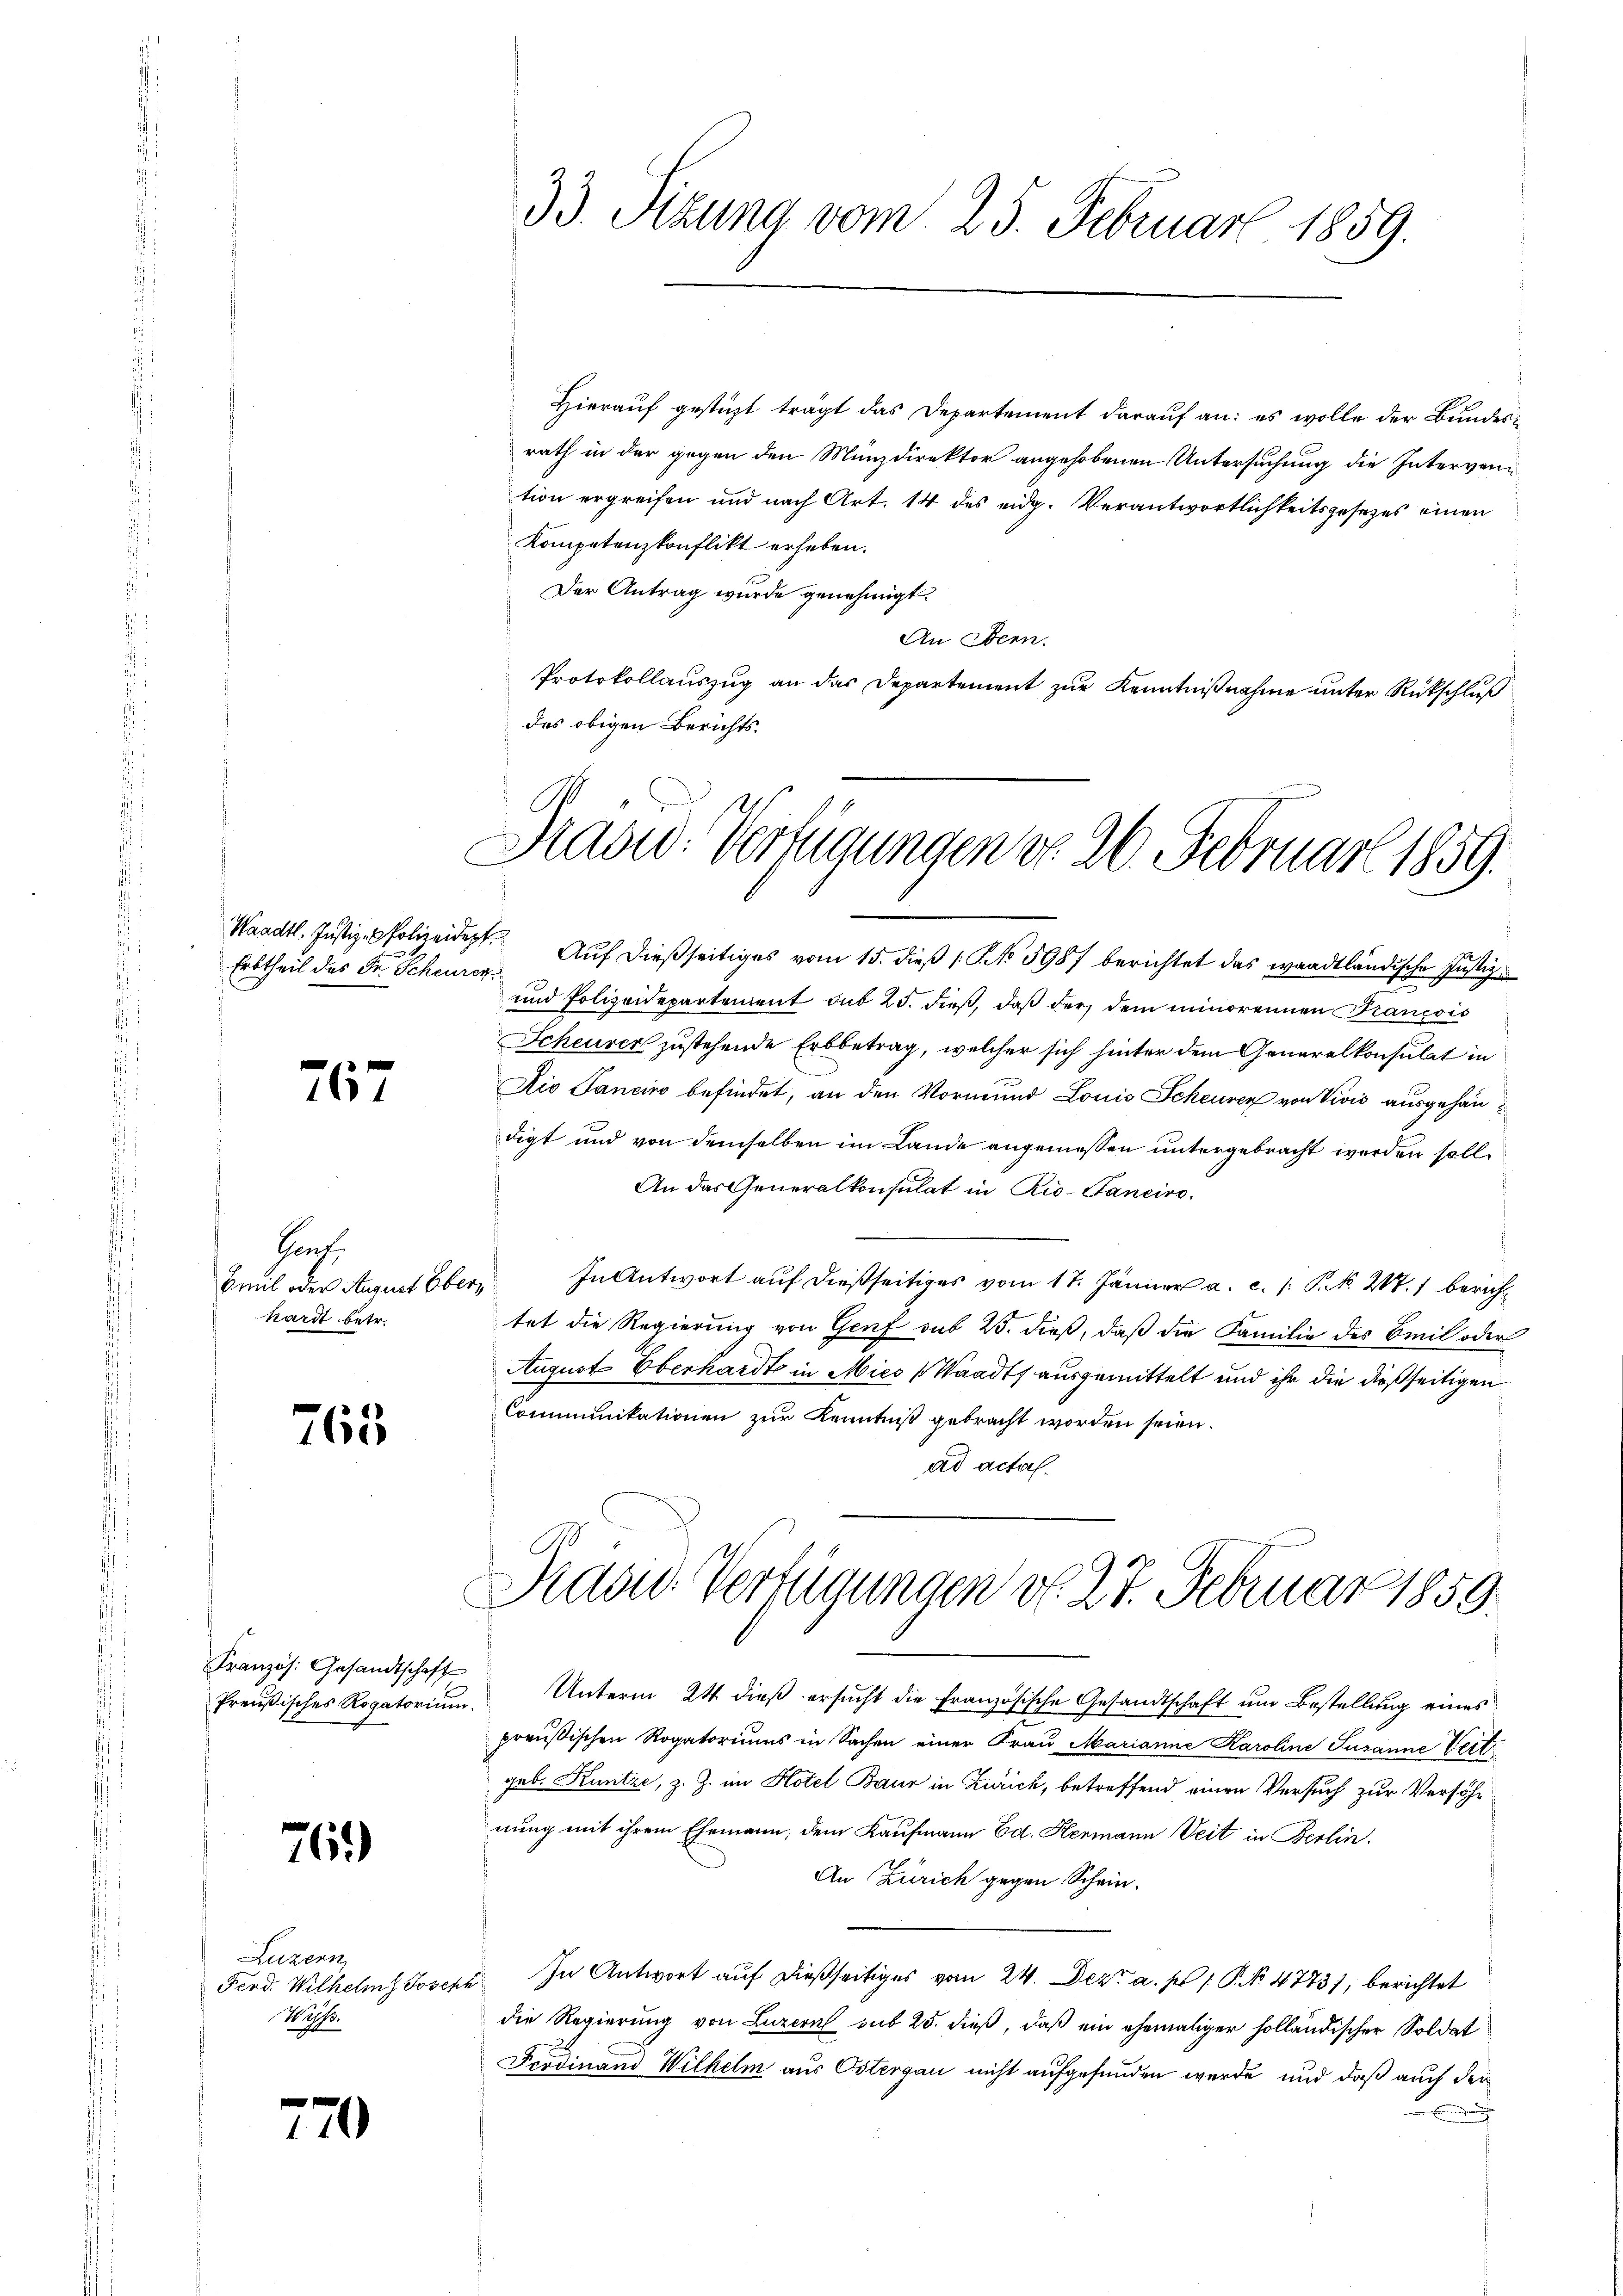
Waadt. Justiz-Polizeidept
Erbtheil des Fr. Scheurer

767

Hoch
Emil oder August Oberkardt betr.

765

Französ. Gesandtschaft

76.)

Luzern
Ferd. Wilhelms Joses
Wasp.

770

33. Sizung vom 25. Februar 1859.

Hierauf gestüzt trägt das Departement darauf an: es wolle der Bundesrath in der gegen den Münzdirektor angehobenen Untersuchung die Interven
tion ergreifen und nach Art. 14 des eidg. Verantwortlichkeitsgesetzes einen
Kompetenzkonflikt erheben.
Der Antrag wurde genehmigt.
An Obern.
Protokollauszug an das Departement zur Kenntnißnahme unter Rückschluß
des obigen Berichts-

Hradid: Verfügungen d. 26. Februar 1859.

Auf dießseitiges vom 15. dieß ( NNo. 5987 berichtet das waadtländische Justiz-
f
und Polizeidepartement sub 25. dieß, daß der dem minorennen Francois
Scheurer zustehende Erbbetrag, welcher sich hinter dem Generalkonsulat in
Dio Sancino befindet, an den Vormund Louis Scheuren von Vivić ausgehändigt und von demselben im Lande angemessen untergebracht werden soll¬
An das Generalkonsulat in Rio-Ganciro.
In Antwort auf dießseitiges vom 17. Jänner a. c. /: P. k. 207. 1 berichtet die Regierung von Genf sub 23. dieß, daß die Familie des Emil oder
August Oberhardt in Mies (Waadt ausgemittelt und ihr die dießseitigen
Communikationen zur Kenntniß gebracht worden seien.
ad actal.

Präsid. Verfügungen d. 27. Februar 1859.

Preŭβisches Rogatoriŭm. Unterm 24. dieβ ersŭcht die französische Gesandtschaft ŭm Bestellung eines
preußischen Rogatoriums in Sachen einer Frau Marianne Karoline Susanne Vert
geb. Kuntze, z. Z. im Hotel Baur in Zürich, betreffend einen Versuch zur Versöhnung mit ihrem Ehemann, dem Kaufmann Ed. Hermann Veit in Berlin.
An Zürich gegen Schein.
e. In Antwort auf dießseitiges vom 24. Dez. a. p. 1. P. Nr. 4773), berichtet
die Regierung von Luzern sub 25. dieß, daß ein ehemaliger holländischer Soldat
Ferdinand Wilhelm aus Ostergau nicht aufgefunden werde, und daß auch der
.